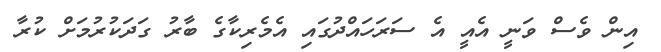
އިން ވެސް ވަނީ އެއީ އެ ސަރަހައްދުގައި އެމެރިކާގެ ބާރު ގަދަކުރުމަށް ކުރާ